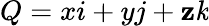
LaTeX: Q=xi+yj+\mathbf{z}\mathit{k}